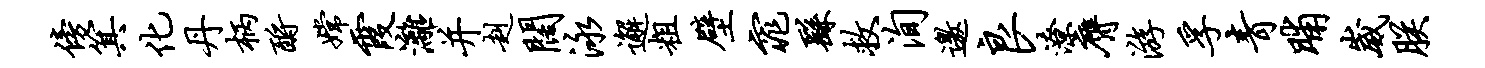
傍箕化丹柄酹嫦霞漓并赳阔泳邂粗壁窕繇救洵邀良潦膺游孚青晡崴朕